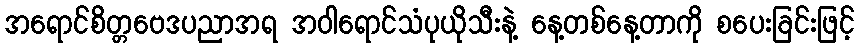
အရောင်စိတ္တဗေဒပညာအရ အဝါရောင်သံပုယိုသီးနဲ့ နေ့တစ်နေ့တာကို စပေးခြင်းဖြင့်